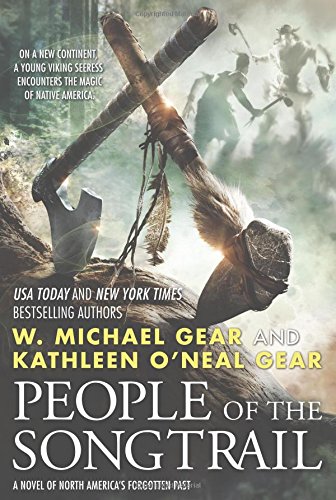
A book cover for People of the Songtrail: A Novel of North America's Forgotten Past; Kathleen O'Neal Gear; Literature & Fiction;